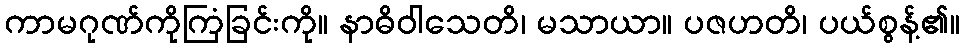
ကာမဂုဏ်ကိုကြံခြင်းကို။ နာဓိဝါသေတိ၊ မသာယာ။ ပဇဟတိ၊ ပယ်စွန့်၏။